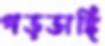
গড়ডাঙ্গি